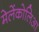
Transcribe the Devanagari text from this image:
मेलेंकोलिआ